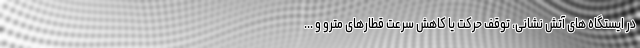
در ایستگاه های آتش نشانی، توقف حرکت یا کاهش سرعت قطارهای مترو و ...